Code of medical and sanitary regulations for the guidance of medical officers serving in the Madras Presidency - Volume II
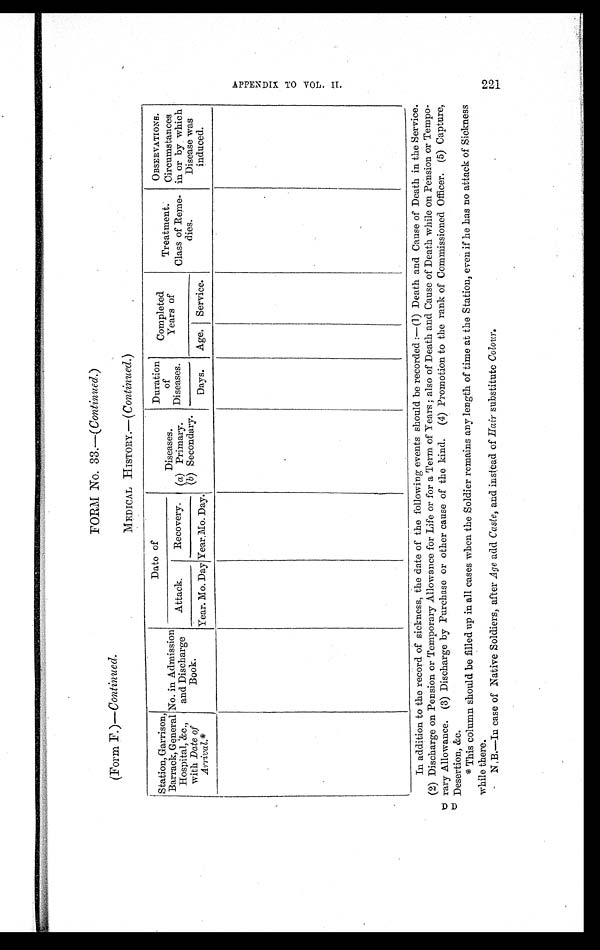
FORM No. 33.—( Con tinued.)
(Form F.)— Continued
MEDICAL HISTORY.— ( Continued. )
Station, Garrison,
Barrack, General
Hospital, &c.,
with Date of
Arrival. *
No. in Admission
and Discharge
Book
Dato of
Diseases.
(a) Primary.
( b) Secondary.
Duration
of
Diseases.
Completed
Years of
Treatment.
Class of Reme-
dies.
OBSERVATIONS.
Circumstances
in or by which
Disease was
induced.
Attack.
Recovery.
Year. Mo. Day Year.Mo. Day.
Days.
Age. Service.
In addition to the record of sickness, the date of the following events should be recorded :—(1) Death and Cause of Death in the Service.
(2) Discharge on Pension or Temporary Allowance for Life or for a Term of Years ; also of Death and Cause of Death while on Pension or Tempo-
rary Allowance. (3) Discharge by Purchase or other cause of the kind. (4) Promotion to the rank of Commissioned Officer. (5) Capture,
Desertion, &c.
* This column should be filled up in all cases when the Soldier remains any length of time at the Station, even if he has no attack of Sickness
while there.
N.B.—In case of Native Soldiers, after Age add Caste, and instead of Hair substitute Colour.
A P P E N D I X T O V O L . I I .
2 2 1
D D